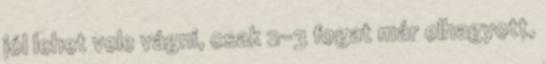
jól lehet vele vágni, csak 2-3 fogat már elhagyott,